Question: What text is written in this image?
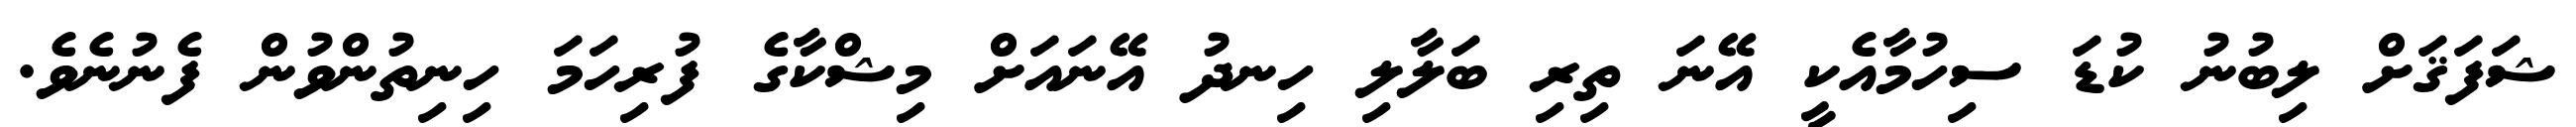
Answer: ޝަފަޤަށް ލިބުނު ކުޑަ ސިހުމާއެކީ އޭނަ ތިރި ބަލާލި ހިނދު އޭނައަށް މިޝްކާގެ ފުރިހަމަ ހިނިތުންވުން ފެނުނެވެ.